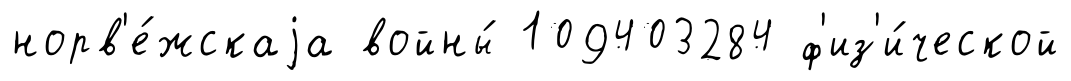
норв'е́жскаjа войны́ 109403284 ф'из'и́ческой